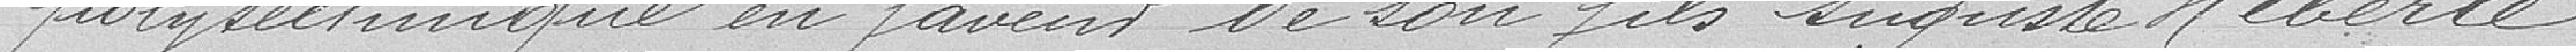
polytechnique en faveur de son fils Auguste Herberlé